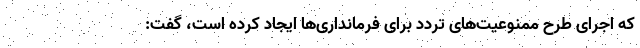
که اجرای طرح ممنوعیت‌های تردد برای فرمانداری‌ها ایجاد کرده است، گفت: